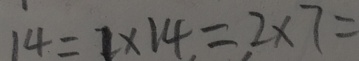
1 4 = 1 \times 1 4 = 2 \times 7 =